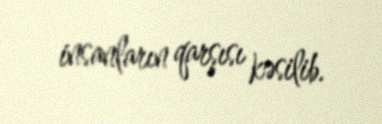
insanların qarşısı kəsilib.